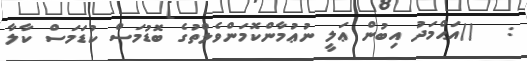
:   ()އަޙްމަދު އިބުން ޢަލީ ނުޢުމާންކޮމަންވެލްތުގެ ބޮޑުމަސް ކުޑަމަސް ކާލާ